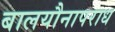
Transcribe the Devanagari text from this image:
बालयौनापराध